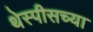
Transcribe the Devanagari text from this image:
थेस्पीसच्या